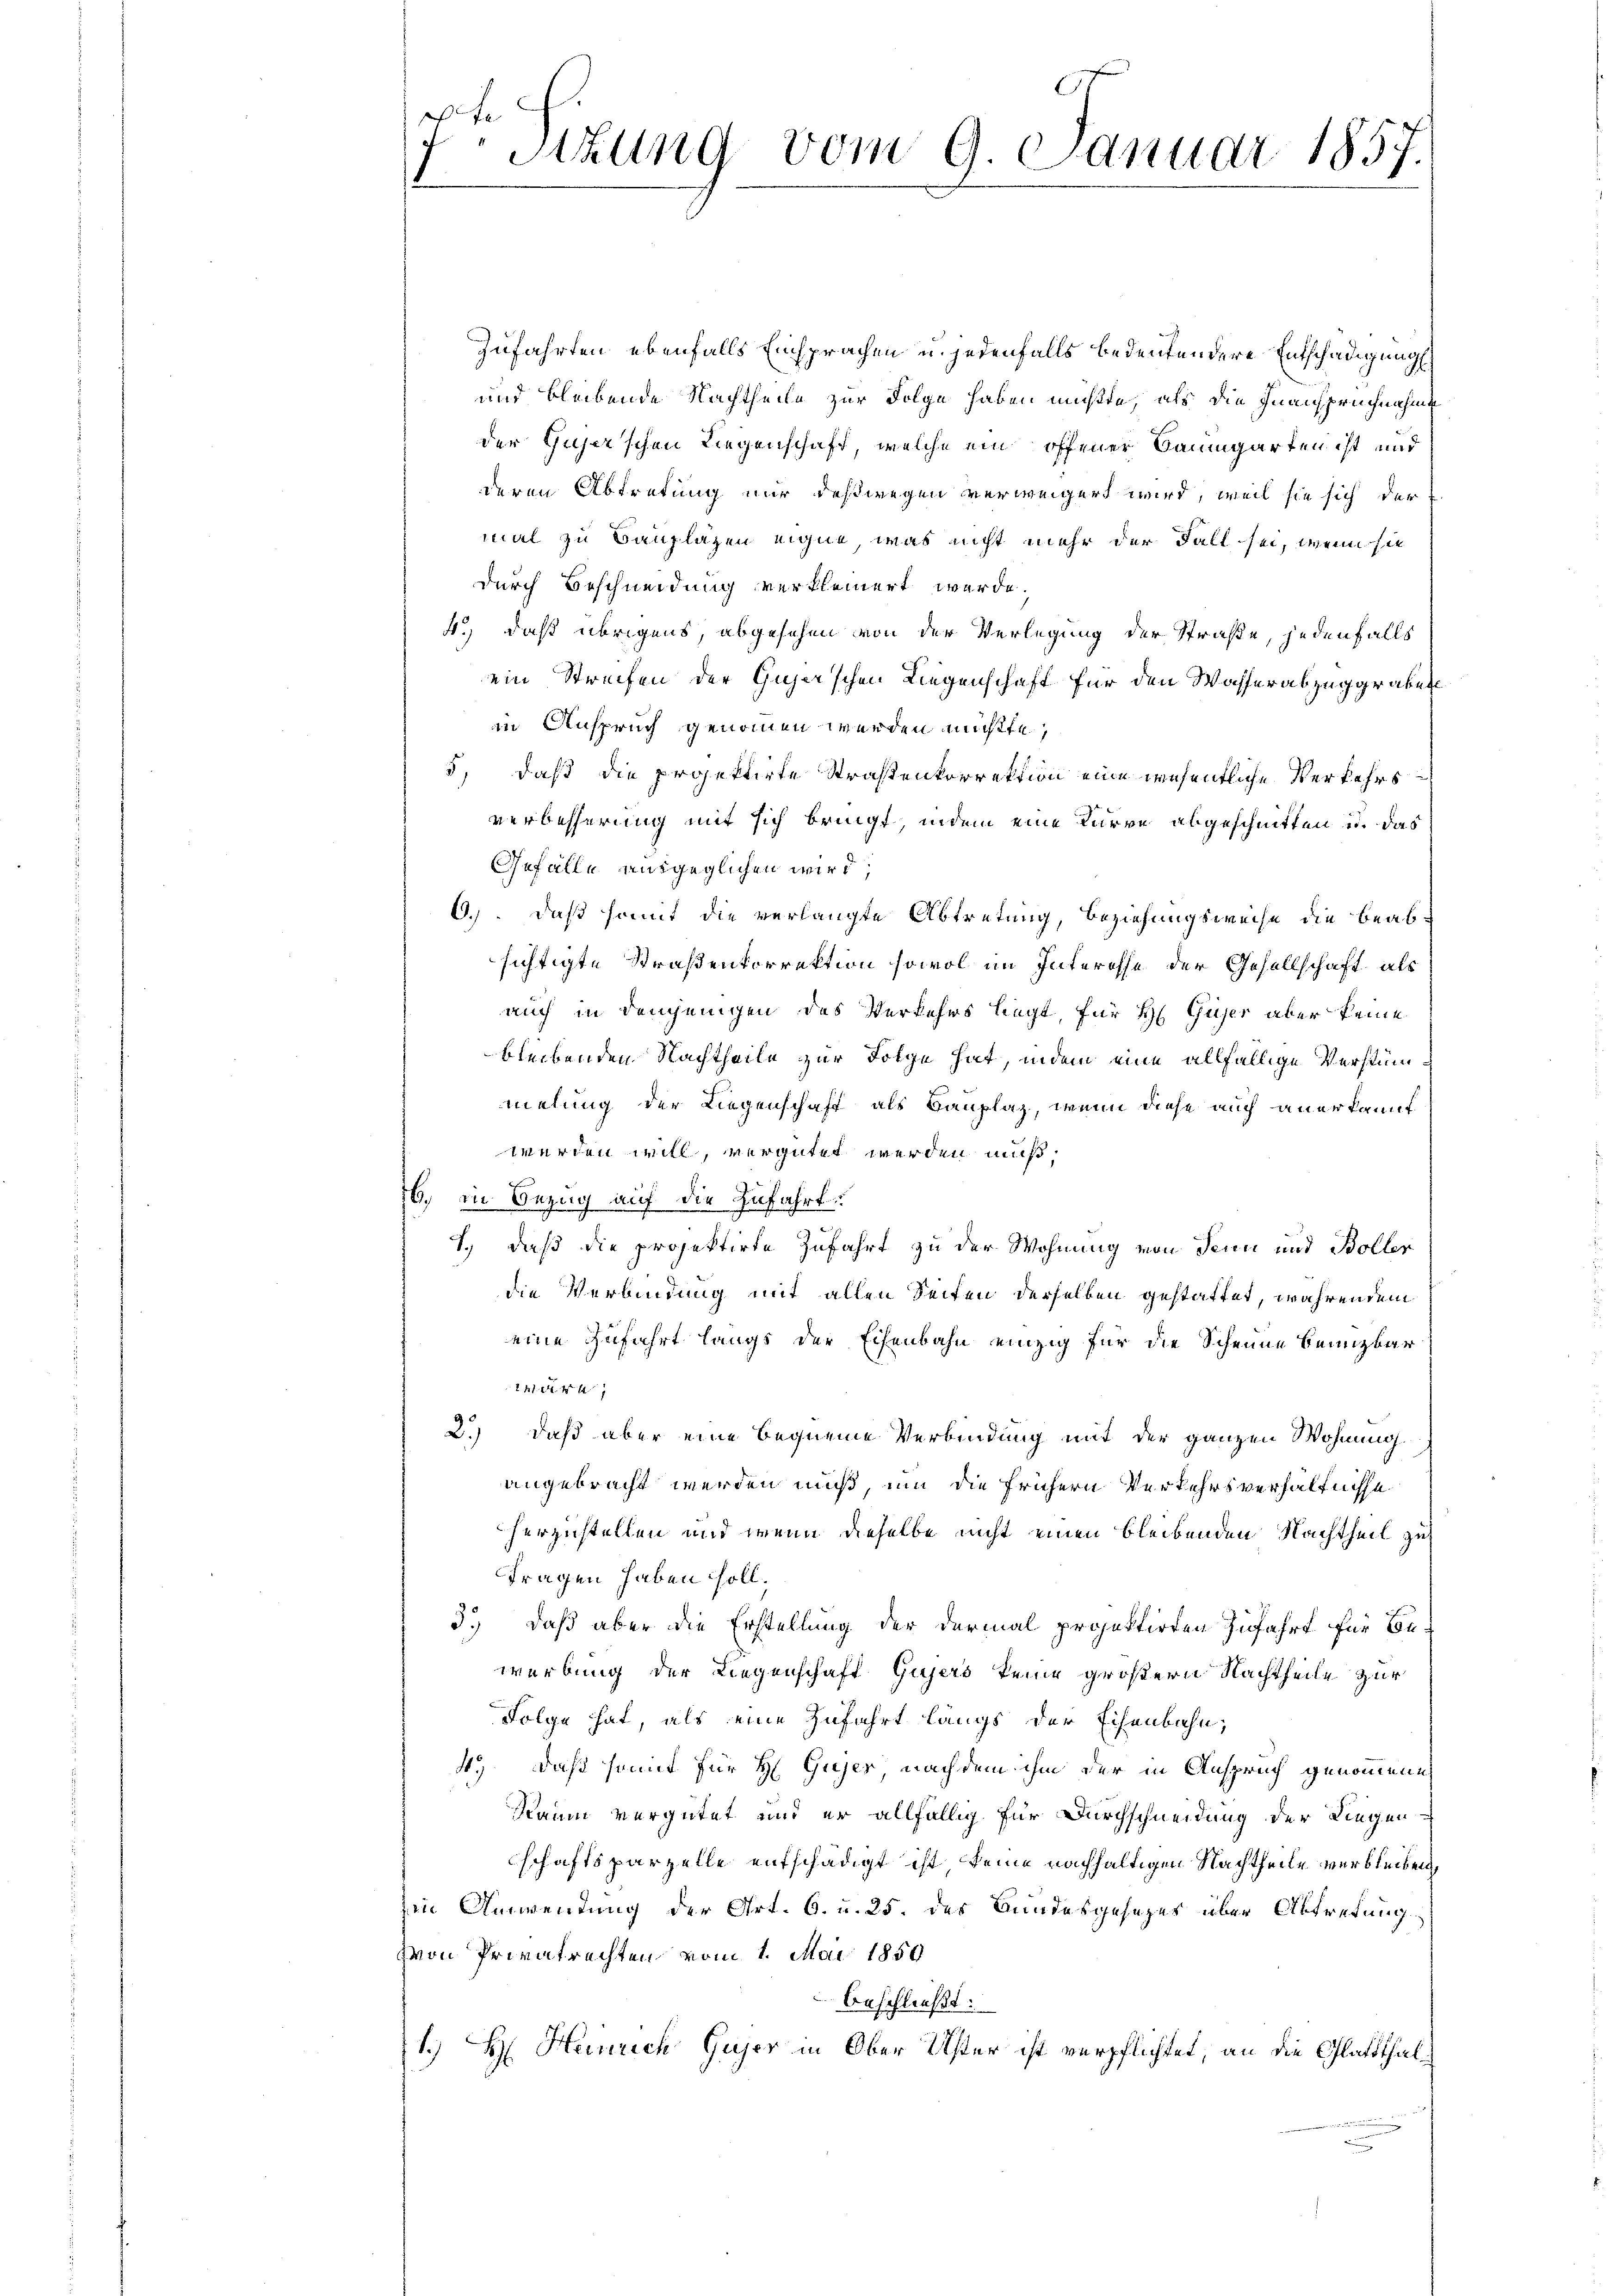
7. Sitzung vom 9. Januar 1857.
0

Zufahrten ebenfalls Einsprachen u. jedenfalls bedeutendere Entschädigung
und bleibende Nachtheile zur Folge haben müßte, als die Inanspruchnahme
der Gujer’schen Liegenschaft, welche ein offener Baumgarten ist und
deren Abtretung nur deßwegen verweigert wird, weil sie sich der
mal zu Baupläzen eigne, was nicht mehr der Fall sei, wenn sie
durch Beschneidung verkleinert werde.
4.) daß übrigens, abgesehen von der Verlegung der Straße, jedenfalls
ein Streifen der Gujer’schen Liegenschaft für den Wasserabzug grabest
in Anspruch genommen werden müßte,
5, daß die projektirte Straßenkorrektion eine wesentliche Verkehrs
verbesserung mit sich bringt, indem eine Kurve abgeschnitten u. das
Gefälle ausgeglichen wird,
6.) Daß somit die verlangte Abtretung, Beziehungsweise die beabsichtigte Straßenkorrektion sowol im Interesse der Gesellschaft als
auch in demjenigen des Verkehrs liegt, für H Gujer aber keine
bleibenden Nachtheile zur Folge hat, indem eine allfällige Verstümmelung der Liegenschaft als Bauplaz, wenn diese auch anerkannt
werden will, vergütet werden muß,
16. in Bezug auf die Zufahrt
e
1., daß die projektirte Zufahrt zu der Wohnung von denn und Boller
die Verbindung mit allen Seiten derselben gestattet, währendem
eine Zufahrt langs der Eisenbahn einzig für die Scheune benuzbar
Ar
2.) Daß aber eine bequeme Verbindung mit der ganzen Wohnung
angebracht werden muß, um die frühern Verkehrsverhältnisse
herzustellen und wenn dieselbe nicht einen bleibenden Nachtheil zu
fragen haben soll.
3.) Daß aber die Erstellung der dermal projektirten Zufahrt für Be-
werbung der Liegenschaft Gujers keine größern Nachtheile zur
Folge hat, als eine Zufahrt längs der Eisenbahn,
4.) Daß somit für H Gujer, nachdem ihm der in Anspruch genommene
Raum vergütet und er allfällig für Durchschneidung der Liegen
schaftsparzelle entschädigt ist, keine nachhaltigen Nachtheile verbleiben,
Ein Anwendung der Art. 6. u. 25. des Bundesgesezes über Abtretung
zvon Privatrechten vom 1. Mai 1850
beschließt:
1.) H Henrich Gujer in Ober Uster ist verpflichtet, an die Glattthal¬